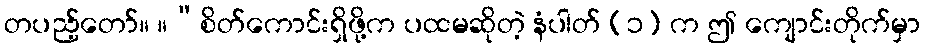
တပည့်တော်။ ။“စိတ်ကောင်းရှိဖို့က ပထမဆိုတဲ့ နံပါတ် (၁) က ဤ ကျောင်းတိုက်မှာ